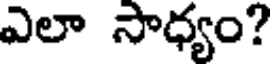
ఎలా సాధ్యం?